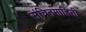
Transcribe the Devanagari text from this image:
संचितमाहिती